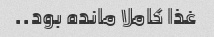
غذا کاملا مانده بود..